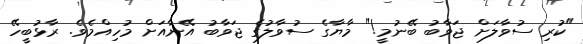
"ކުރި ސުވާލަށް ޖަވާބު ބޭނުމީ!" މާޔާގެ ސުވާލުގެ ޖަވާބު އޭނާއަށް މުހިއްމެވެ. ރާޅުބީހޭ